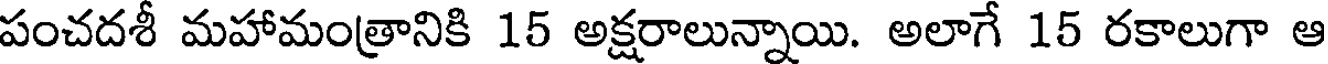
పంచదశీ మహామంత్రానికి 15 అక్షరాలున్నాయి. అలాగే 15 రకాలుగా ఆ